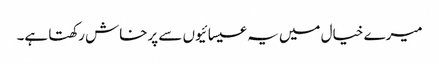
میرے خیال میں یہ عیسائیوں سے پرخاش رکھتا ہے۔